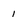
Character: i